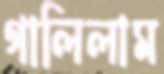
গালিলাম